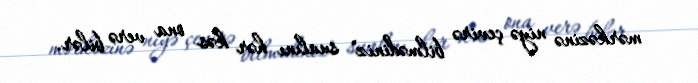
mərkəzinə niyə çevirə bilmədiniz" sualını hər kəs ona verə bilər.